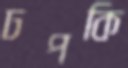
ঢপকি